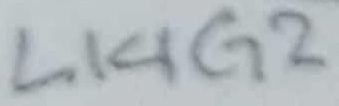
Text: L14G2